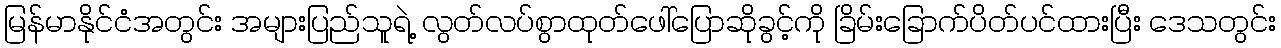
မြန်မာနိုင်ငံအတွင်း အများပြည်သူရဲ့ လွတ်လပ်စွာထုတ်ဖေါ်ပြောဆိုခွင့်ကို ခြိမ်းခြောက်ပိတ်ပင်ထားပြီး ဒေသတွင်း